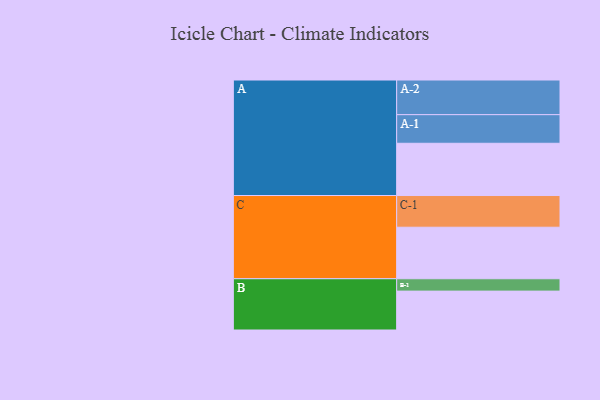
{"axis": {"x": "Segment", "y": "Value"}, "legend": ["", "A", "B", "C"], "data": [{"x": "A", "y": 422, "type": ""}, {"x": "B", "y": 314, "type": ""}, {"x": "C", "y": 416, "type": ""}, {"x": "A-1", "y": 231, "type": "A"}, {"x": "A-2", "y": 280, "type": "A"}, {"x": "B-1", "y": 100, "type": "B"}, {"x": "C-1", "y": 256, "type": "C"}]}